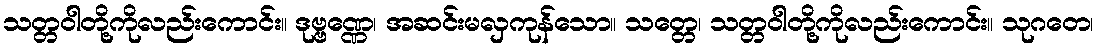
သတ္တဝါတို့ကိုလည်းကောင်း။ ဒုဗ္ဗဏ္ဏေ၊ အဆင်းမလှကုန်သော။ သတ္တေ၊ သတ္တဝါတို့ကိုလည်းကောင်း။ သုဂတေ၊